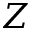
Z